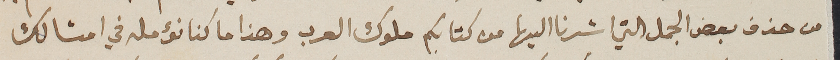
من حذف بعض الجمل التي اشرنا اليها من كتابكم ملوك العرب وهذا ما كنا نؤمله في امثالك